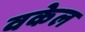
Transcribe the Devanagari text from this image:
वकेल